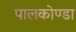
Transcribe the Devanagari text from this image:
पालकोण्डा